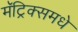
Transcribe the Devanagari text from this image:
मॅट्रिक्समधे